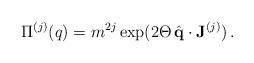
LaTeX: \begin{align*}\Pi^{(j)} (q) = m^{2j} \exp (2\Theta \,\hat {\bf q}\cdot {\bf J}^{(j)})\,.\end{align*}